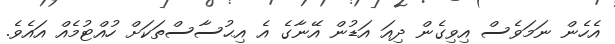
އެހެން ނަމަވެސް އިވިގެން ދިއަ އަޑުން އޭނާގެ އެ އިޙުސާސްތަކަށް ހުއްޓުމެއް އައެވެ.